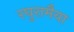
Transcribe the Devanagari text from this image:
रघुरामैया